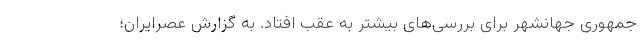
جمهوری جهانشهر برای بررسی‌های بیشتر به عقب افتاد. به گزارش عصرایران؛